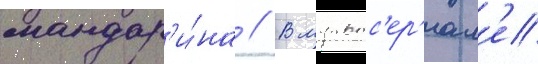
мандар'и́на // В мультс'ер'иал'е